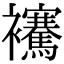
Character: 𧟑